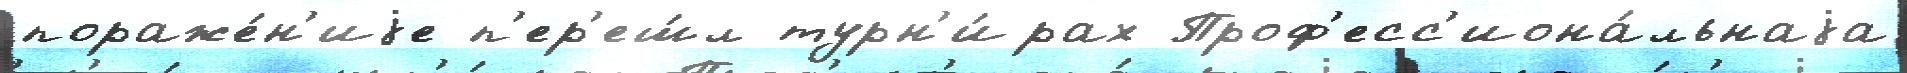
пораже́н'иjе п'ер'еш́л турн'и́рах Проф'есс'иона́льнаjа